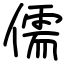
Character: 儒